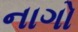
નાગો